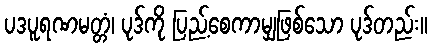
ပဒပူရဏမတ္တံ၊ ပုဒ်ကို ပြည့်စေကာမျှဖြစ်သော ပုဒ်တည်း။